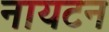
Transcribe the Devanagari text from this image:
नायटन